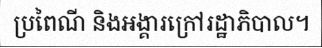
ប្រពៃណី និងអង្គារក្រៅរដ្ឋាភិបាល។